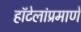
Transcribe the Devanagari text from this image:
हॉटेलांप्रमाणे